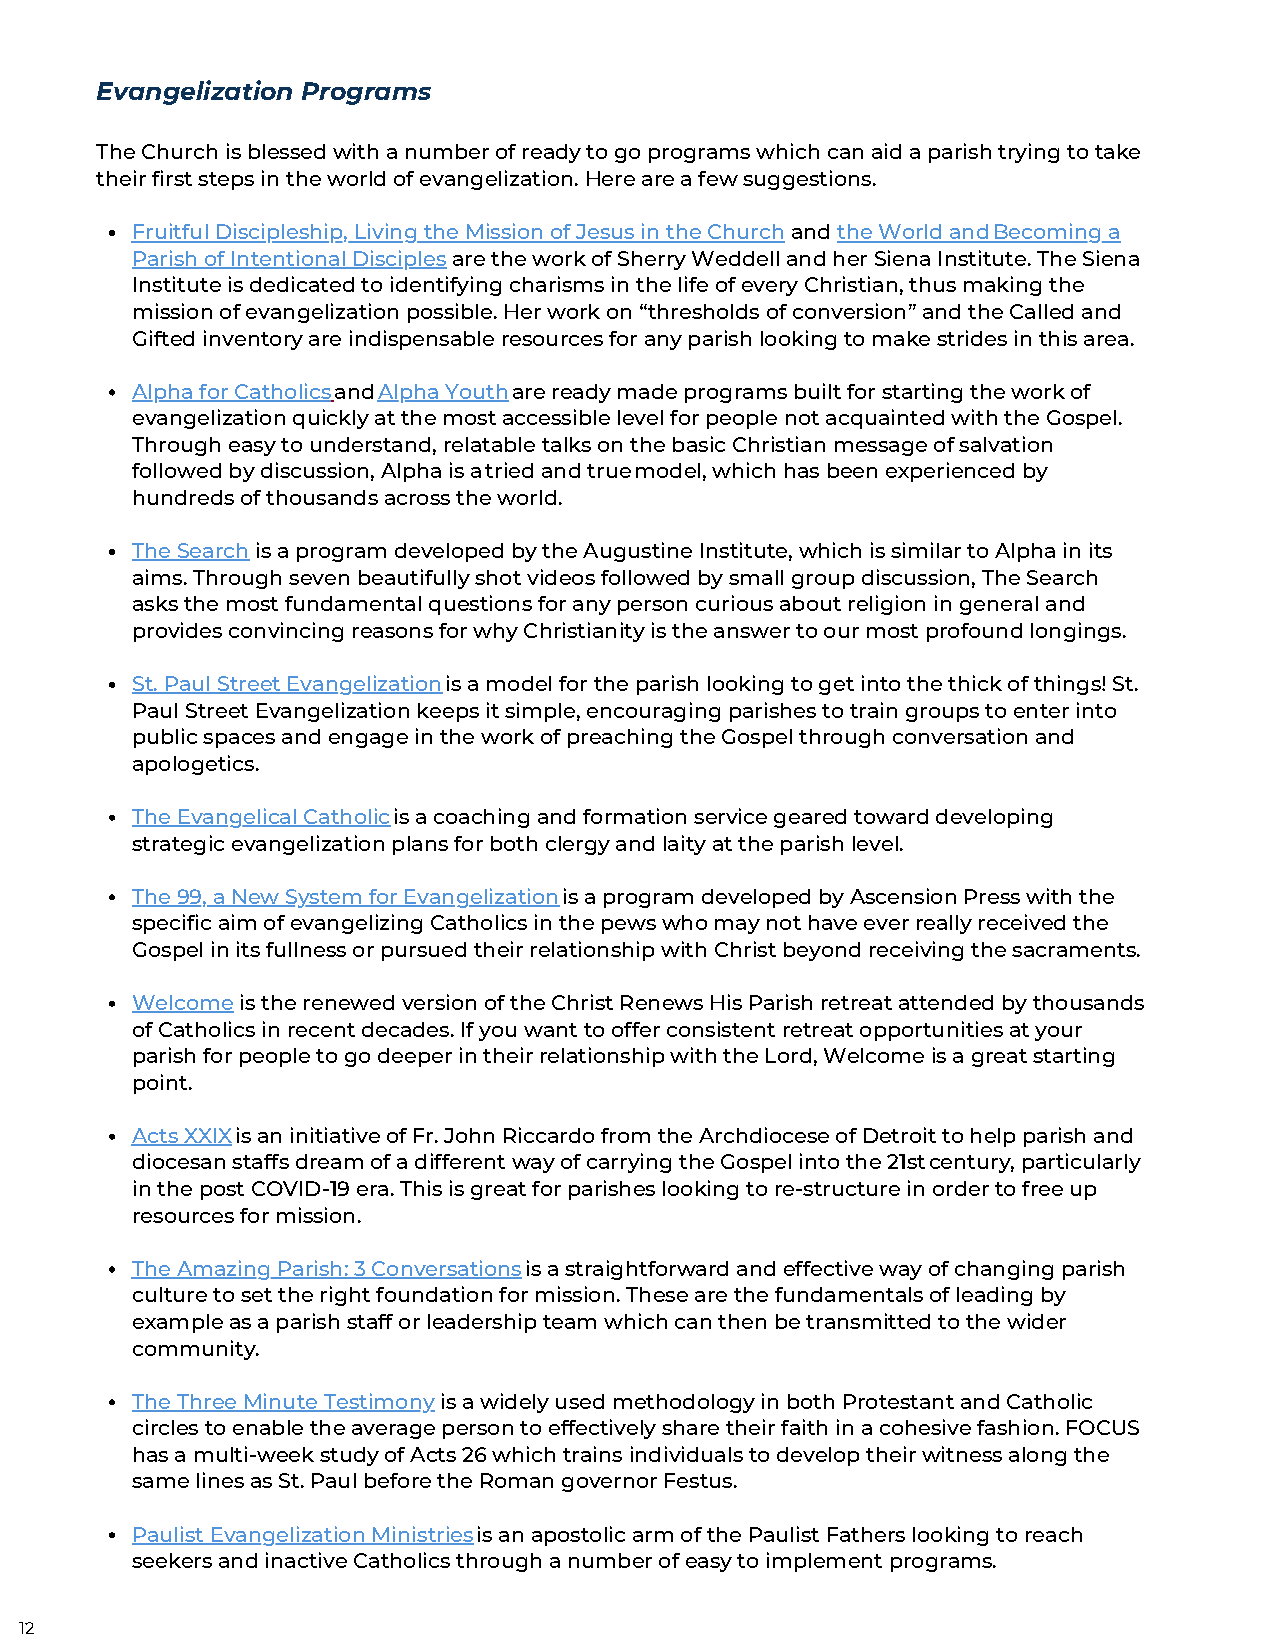
Evangelization Programs
 The Church is blessed with a number of ready to go programs which can aid a parish trying to take
 their first steps in the world of evangelization. Here are a few suggestions.
 Fruitful Discipleship, Living the Mission of Jesus in the Church and the World and Becoming a
 Parish of Intentional Disciples are the work of Sherry Weddell and her Siena Institute. The Siena
 Institute is dedicated to identifying charisms in the life of every Christian, thus making the
 mission of evangelization possible. Her work on “thresholds of conversion” and the Called and
 Gifted inventory are indispensable resources for any parish looking to make strides in this area.
 Alpha for Catholics and Alpha Youth are ready made programs built for starting the work of
 evangelization quickly at the most accessible level for people not acquainted with the Gospel.
 Through easy to understand, relatable talks on the basic Christian message of salvation
 followed by discussion, Alpha is a tried and true model, which has been experienced by
 hundreds of thousands across the world.
 The Search is a program developed by the Augustine Institute, which is similar to Alpha in its
 aims. Through seven beautifully shot videos followed by small group discussion, The Search
 asks the most fundamental questions for any person curious about religion in general and
 provides convincing reasons for why Christianity is the answer to our most profound longings.
 St. Paul Street Evangelization is a model for the parish looking to get into the thick of things! St.
 Paul Street Evangelization keeps it simple, encouraging parishes to train groups to enter into
 public spaces and engage in the work of preaching the Gospel through conversation and
 apologetics.
 The Evangelical Catholic is a coaching and formation service geared toward developing
 strategic evangelization plans for both clergy and laity at the parish level.
 The 99, a New System for Evangelization is a program developed by Ascension Press with the
 specific aim of evangelizing Catholics in the pews who may not have ever really received the
 Gospel in its fullness or pursued their relationship with Christ beyond receiving the sacraments.
 Welcome is the renewed version of the Christ Renews His Parish retreat attended by thousands
 of Catholics in recent decades. If you want to offer consistent retreat opportunities at your
 parish for people to go deeper in their relationship with the Lord, Welcome is a great starting
 point.
 Acts XXIX is an initiative of Fr. John Riccardo from the Archdiocese of Detroit to help parish and
 diocesan staffs dream of a different way of carrying the Gospel into the 21st century, particularly
 in the post COVID-19 era. This is great for parishes looking to re-structure in order to free up
 resources for mission.
 The Amazing Parish: 3 Conversations is a straightforward and effective way of changing parish
 culture to set the right foundation for mission. These are the fundamentals of leading by
 example as a parish staff or leadership team which can then be transmitted to the wider
 community.
 The Three Minute Testimony is a widely used methodology in both Protestant and Catholic
 circles to enable the average person to effectively share their faith in a cohesive fashion. FOCUS
 has a multi-week study of Acts 26 which trains individuals to develop their witness along the
 same lines as St. Paul before the Roman governor Festus.
 Paulist Evangelization Ministries is an apostolic arm of the Paulist Fathers looking to reach
 seekers and inactive Catholics through a number of easy to implement programs.
 12